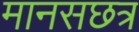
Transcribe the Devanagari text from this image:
मानसछत्र